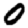
Digit: 0